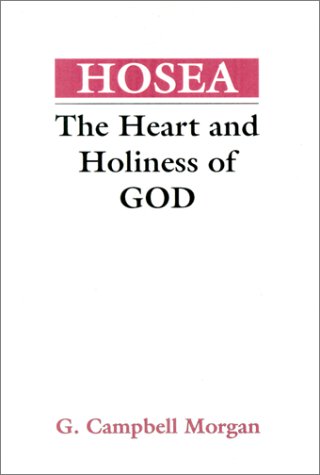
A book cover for Hosea: The Heart and Holiness of God; G. Campbell Morgan; Christian Books & Bibles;